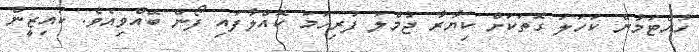
ހުއްޓަމުން ކަހަލަ ގޮތަކަށް ކިޔާރާ ޖުމްލަ ފުރިހަމަ ކޮއްލާފައި ފޯން ބޭއްވިއެވެ. ކައިޒީން